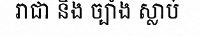
រាជា និង ច្បាំង ស្លាប់